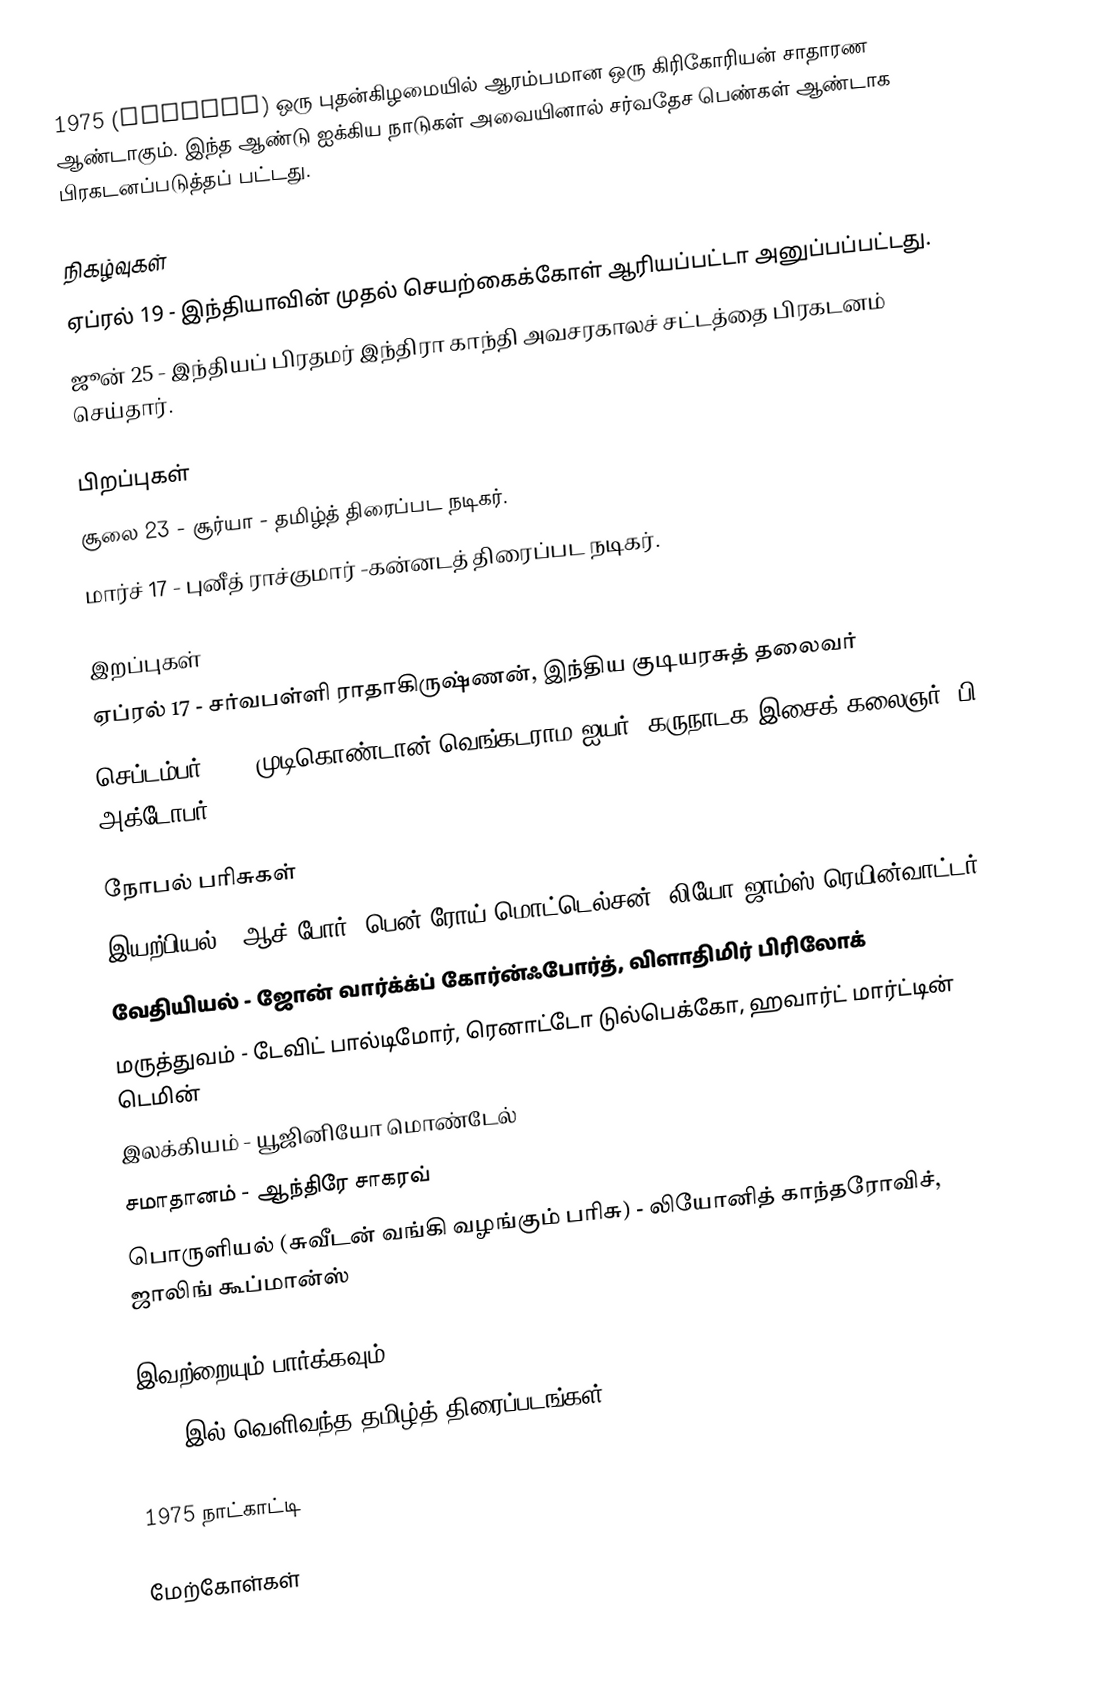
1975 (MCMLXXV) ஒரு புதன்கிழமையில் ஆரம்பமான ஒரு கிரிகோரியன் சாதாரண ஆண்டாகும். இந்த ஆண்டு ஐக்கிய நாடுகள் அவையினால் சர்வதேச பெண்கள் ஆண்டாக பிரகடனப்படுத்தப் பட்டது.

நிகழ்வுகள்
 ஏப்ரல் 19 - இந்தியாவின் முதல் செயற்கைக்கோள் ஆரியப்பட்டா அனுப்பப்பட்டது.
 ஜூன் 25 - இந்தியப் பிரதமர் இந்திரா காந்தி அவசரகாலச் சட்டத்தை பிரகடனம் செய்தார்.

பிறப்புகள்
 சூலை 23 - சூர்யா - தமிழ்த் திரைப்பட நடிகர்.
 மார்ச் 17 - புனீத் ராச்குமார் -கன்னடத் திரைப்பட நடிகர்.

இறப்புகள்
 ஏப்ரல் 17 - சர்வபள்ளி ராதாகிருஷ்ணன், இந்திய குடியரசுத் தலைவர்
 செப்டம்பர் 13 - முடிகொண்டான் வெங்கடராம ஐயர், கருநாடக இசைக் கலைஞர் (பி. அக்டோபர் 15 1897)

நோபல் பரிசுகள்
 இயற்பியல் - ஆச் போர், பென் ரோய் மொட்டெல்சன், லியோ ஜாம்ஸ் ரெயின்வாட்டர்
 வேதியியல் - ஜோன் வார்க்க்ப் கோர்ன்ஃபோர்த், விளாதிமிர் பிரிலோக்
 மருத்துவம் - டேவிட் பால்டிமோர், ரெனாட்டோ டுல்பெக்கோ, ஹவார்ட் மார்ட்டின் டெமின்
 இலக்கியம் - யூஜினியோ மொண்டேல்
 சமாதானம் - ஆந்திரே சாகரவ்
 பொருளியல் (சுவீடன் வங்கி வழங்கும் பரிசு) - லியோனித் காந்தரோவிச், ஜாலிங் கூப்மான்ஸ்

இவற்றையும் பார்க்கவும்
 1975 இல் வெளிவந்த தமிழ்த் திரைப்படங்கள்

1975 நாட்காட்டி

மேற்கோள்கள்